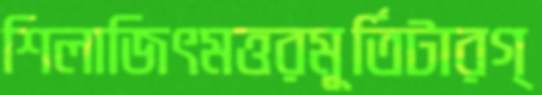
শিলাজিৎমত্তরমূর্তিটারগ্